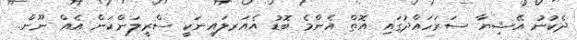
ދެކުނު އޭޝިޔާ ސަރަހައްދުގައި އޮތް އެންމެ ބޮޑު އެއަރލައިނަކީ ސްރީލަންކަން އެއް ނޫން.